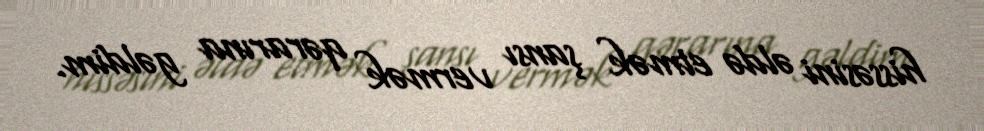
hissəsini əldə etmək şansı vermək qərarına gəldim.